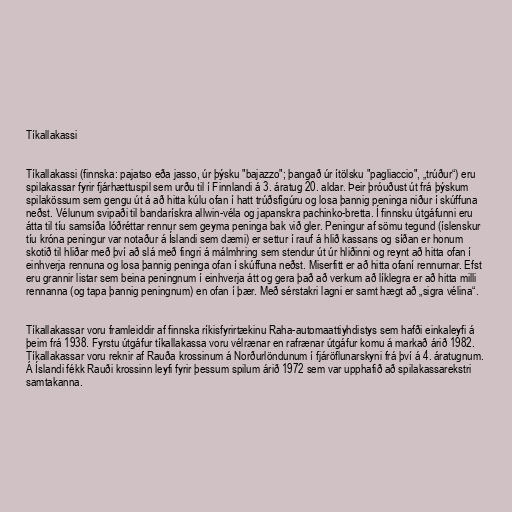
Tíkallakassi

Tíkallakassi (finnska: pajatso eða jasso, úr þýsku "bajazzo"; þangað úr ítölsku "pagliaccio", „trúður“) eru
spilakassar fyrir fjárhættuspil sem urðu til í Finnlandi á 3. áratug 20. aldar. Þeir þróuðust út frá þýskum
spilakössum sem gengu út á að hitta kúlu ofan í hatt trúðsfígúru og losa þannig peninga niður í skúffuna
neðst. Vélunum svipaði til bandarískra allwin-véla og japanskra pachinko-bretta. Í finnsku útgáfunni eru
átta til tíu samsíða lóðréttar rennur sem geyma peninga bak við gler. Peningur af sömu tegund (íslenskur
tíu króna peningur var notaður á Íslandi sem dæmi) er settur í rauf á hlið kassans og síðan er honum
skotið til hliðar með því að slá með fingri á málmhring sem stendur út úr hliðinni og reynt að hitta ofan í
einhverja rennuna og losa þannig peninga ofan í skúffuna neðst. Miserfitt er að hitta ofaní rennurnar. Efst
eru grannir listar sem beina peningnum í einhverja átt og gera það að verkum að líklegra er að hitta milli
rennanna (og tapa þannig peningnum) en ofan í þær. Með sérstakri lagni er samt hægt að „sigra vélina“.

Tíkallakassar voru framleiddir af finnska ríkisfyrirtækinu Raha-automaattiyhdistys sem hafði einkaleyfi á
þeim frá 1938. Fyrstu útgáfur tíkallakassa voru vélrænar en rafrænar útgáfur komu á markað árið 1982.
Tíkallakassar voru reknir af Rauða krossinum á Norðurlöndunum í fjáröflunarskyni frá því á 4. áratugnum.
Á Íslandi fékk Rauði krossinn leyfi fyrir þessum spilum árið 1972 sem var upphafið að spilakassarekstri
samtakanna.